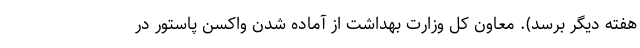
هفته دیگر برسد). معاون کل وزارت بهداشت از آماده شدن واکسن پاستور در